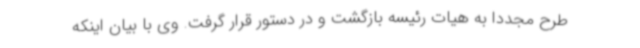
طرح مجددا به هیات رئیسه بازگشت و در دستور قرار گرفت. وی با بیان اینکه